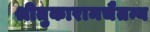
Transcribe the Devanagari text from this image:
श्रीतुकारामचैतन्य